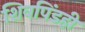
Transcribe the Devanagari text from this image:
शिवपिंडही